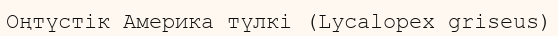
Оңтүстік Америка түлкі (Lycalopex griseus)